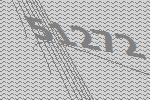
51272